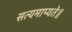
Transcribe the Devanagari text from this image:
सत्यमाप्यते॥